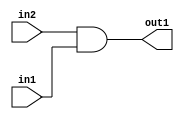
`timescale 1ps / 1ps
/*****************************************************************************
    Verilog RTL Description
    
    
    Created by: CellMath Designer 2019.1.01 
*******************************************************************************/

module float_div_And_1Ux1U_1U_0 (
	in2,
	in1,
	out1
	); /* architecture "behavioural" */ 
input  in2,
	in1;
output  out1;
wire  asc001;

assign asc001 = 
	(in2)
	&(in1);

assign out1 = asc001;
endmodule

/* CADENCE  urX5Sww= : u9/ySgnWtBlWxVPRXgAZ4Og= ** DO NOT EDIT THIS LINE ******/